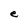
Character: e